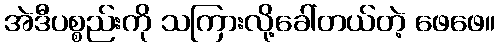
အဲဒီပစ္စည်းကို သကြားလို့ခေါ်တယ်တဲ့ ဖေဖေ။